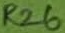
Text: R26